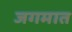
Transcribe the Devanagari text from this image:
जगमात